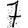
Digit: 7